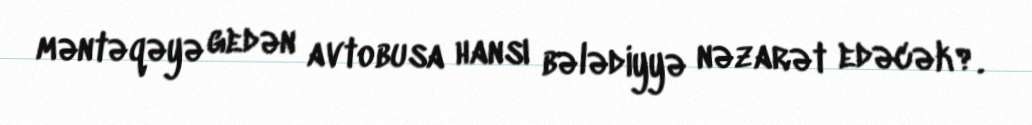
məntəqəyə gedən avtobusa hansı bələdiyyə nəzarət edəcək?.